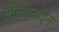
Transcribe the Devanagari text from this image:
लीलाताईंना